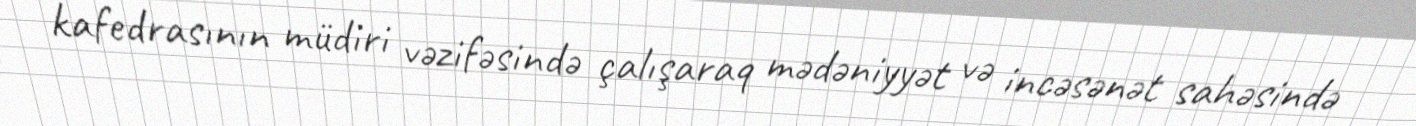
kafedrasının müdiri vəzifəsində çalışaraq mədəniyyət və incəsənət sahəsində